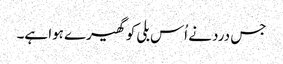
جس درد نے اُس بلی کو گھیرے ہوا ہے۔